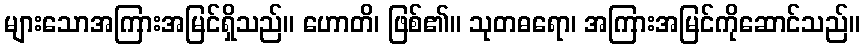
များသောအကြားအမြင်ရှိသည်။ ဟောတိ၊ ဖြစ်၏။ သုတဓရော၊ အကြားအမြင်ကိုဆောင်သည်။